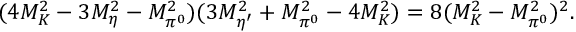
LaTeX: ( 4 M _ { K } ^ { 2 } - 3 M _ { \eta } ^ { 2 } - M _ { \pi ^ { 0 } } ^ { 2 } ) ( 3 M _ { \eta ^ { \prime } } ^ { 2 } + M _ { \pi ^ { 0 } } ^ { 2 } - 4 M _ { K } ^ { 2 } ) = 8 ( M _ { K } ^ { 2 } - M _ { \pi ^ { 0 } } ^ { 2 } ) ^ { 2 } .